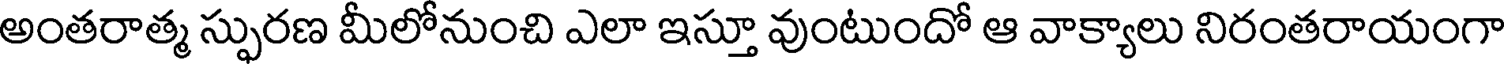
అంతరాత్మ స్పురణ మీలోనుంచి ఎలా ఇస్తూ వుంటుందో ఆ వాక్యాలు నిరంతరాయంగా